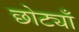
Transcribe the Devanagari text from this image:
छोट्याँ